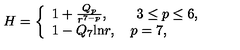
H = \left\{ \begin{array} { l } { 1 + \frac { Q _ { p } } { r ^ { 7 - p } } , \qquad 3 \le p \le 6 , } \\ { 1 - Q _ { 7 } \mathrm { l n } r , \quad p = 7 , } \\ \end{array} \right.